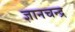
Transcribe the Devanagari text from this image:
ज्ञानचन्द्र